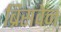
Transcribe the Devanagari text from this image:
ब्रिसवेन